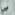
بي